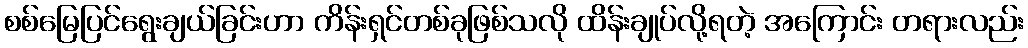
စစ်မြေပြင်ရွေးချယ်ခြင်းဟာ ကိန်းရှင်တစ်ခုဖြစ်သလို ထိန်းချုပ်လို့ရတဲ့ အကြောင်း တရားလည်း